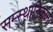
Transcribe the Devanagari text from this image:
सम्स्थानिकांना